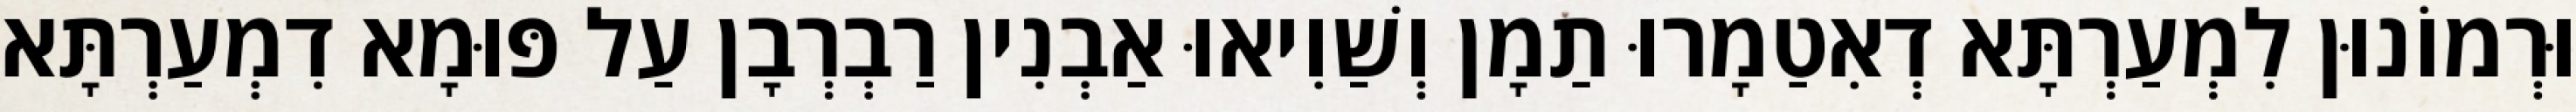
וּרְמוֹנוּן לִמְעַרְתָּא דְאִטַמָרוּ תַמָן וְשַׁוִיאוּ אַבְנִין רַבְרְבָן עַל פּוּמָא דִמְעַרְתָּא